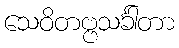
သေဝိတဗ္ဗသင်္ခါတာ